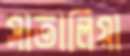
সাতালিয়া